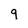
Character: 9